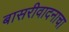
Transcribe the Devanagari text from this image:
बासरीवादनाचा